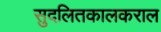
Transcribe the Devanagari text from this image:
सुदलितकालकराल